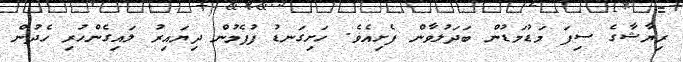
ރިޔާޝާގެ ސިފަ މަޑުމަޑުން ބަދަލުވާން ފެށިއެވެ. ހަށިގަނޑު ފުފެމުން ދިޔައިރު ލައިގެންހުރި ހެދުން